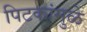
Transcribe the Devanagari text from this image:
पिटकांमुळे